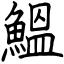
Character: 鰮